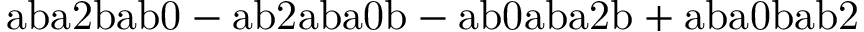
\mathrm { a b a 2 b a b 0 - a b 2 a b a 0 b - a b 0 a b a 2 b + a b a 0 b a b 2 }